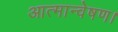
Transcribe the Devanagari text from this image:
आत्मान्वेषण।